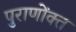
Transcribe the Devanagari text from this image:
पुराणोंक्त